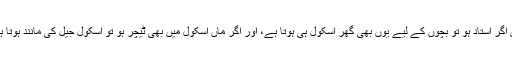
ماں اگر استاد ہو تو بچوں کے لیے یوں بھی گھر اسکول ہی ہوتا ہے، اور اگر ماں اسکول میں بھی ٹیچر ہو تو اسکول جیل کی مانند ہوتا ہے۔